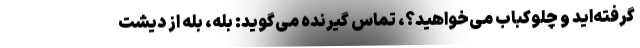
گرفته‌اید و چلوکباب می‌خواهید؟، تماس گیرنده می‌گوید: بله، بله از دیشت